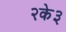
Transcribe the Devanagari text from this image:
२के३